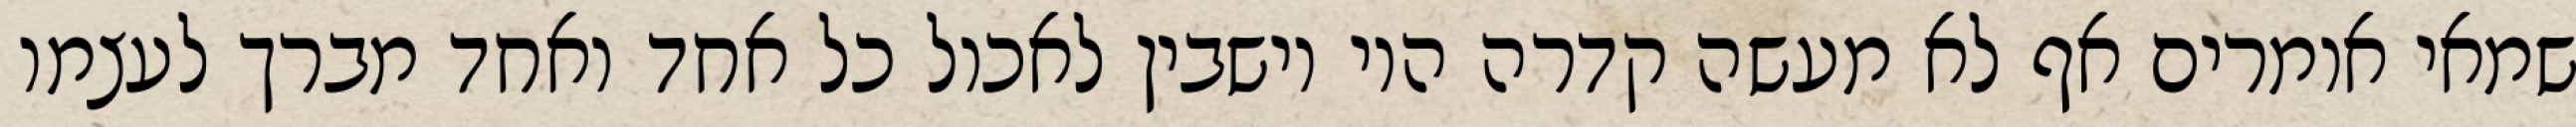
שמאי אומרים אף לא מעשה קדרה היו יושבין לאכול כל אחד ואחד מברך לעצמו